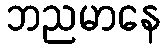
ဘညမာနေ